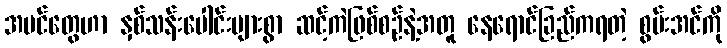
အပင်တွေဟာ နှစ်သန်းပေါင်းများစွာ ဆင့်ကဲဖြစ်စဉ်နဲ့အတူ နေရောင်ခြည်ကရတဲ့ စွမ်းအင်ကို